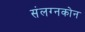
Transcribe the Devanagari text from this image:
संलग्नकोन